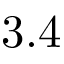
3 . 4